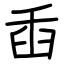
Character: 臿